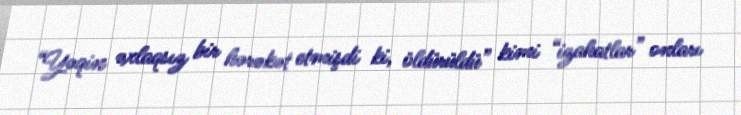
“Yəqin əxlaqsız bir hərəkət etmişdi ki, öldürüldü” kimi “izahatlar” onları